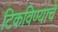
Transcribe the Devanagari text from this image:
टिकविण्याचे